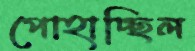
পোহাচ্ছিল